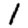
Digit: 1